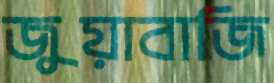
জুয়াবাজি